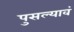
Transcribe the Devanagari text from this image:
पुसल्यावं